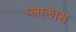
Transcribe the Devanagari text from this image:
प्लाझास